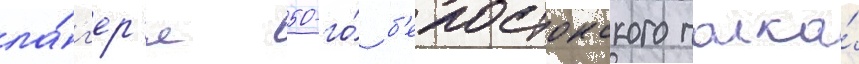
ла́г'ер'я 50-го́ б'елостокского полка́